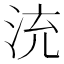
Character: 㳘